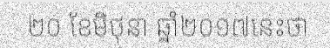
២០ ខែមិថុនា ឆ្នាំ២០១៧នេះថា